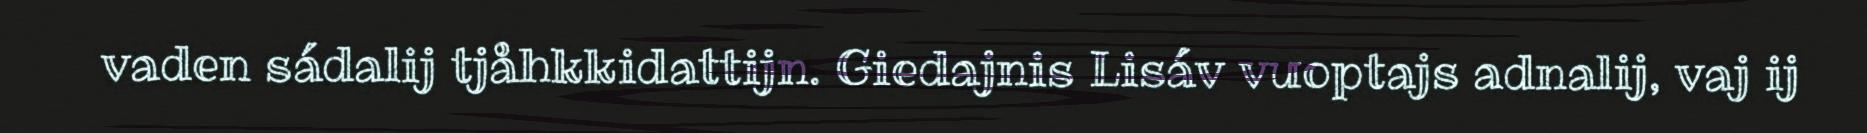
vaden sádalij tjåhkkidattijn. Giedajnis Lisáv vuoptajs adnalij, vaj ij